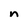
Character: n